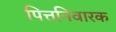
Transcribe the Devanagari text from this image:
पित्तनिवारक